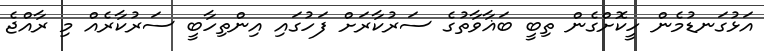
އަޅުގަނޑުމެން ހީކޮށްގެން ތިބީ ބަޣާވާތުގެ ސަރުކާރަށް ފަހުގައި އިންތިހާބީ ސަރުކާރެއް މި ރާއްޖެ